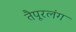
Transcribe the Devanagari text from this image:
तैपूरलंग